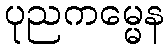
ပုညကမ္မေန